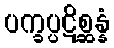
ပက္ခပ္ပဋိစ္ဆန္နံ